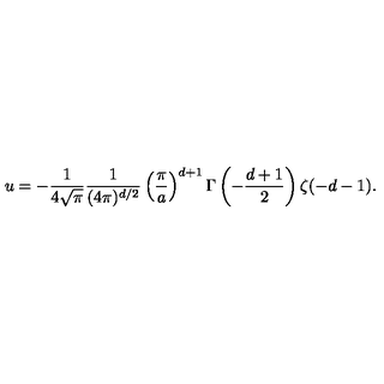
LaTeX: u = - { \frac { 1 } { 4 \sqrt \pi } } { \frac { 1 } { ( 4 \pi ) ^ { d / 2 } } } \left( { \frac { \pi } { a } } \right) ^ { d + 1 } \Gamma \left( - { \frac { d + 1 } { 2 } } \right) \zeta ( - d - 1 ) .